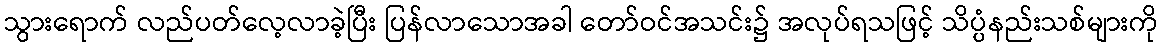
သွားရောက် လည်ပတ်လေ့လာခဲ့ပြီး ပြန်လာသောအခါ တော်ဝင်အသင်း၌ အလုပ်ရသဖြင့် သိပ္ပံနည်းသစ်များကို